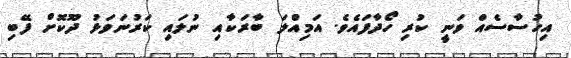
އިހުސާސެއް ވަނީ ކުރި ހޯދާފައެވެ. އަމިއްލަ ބާރަކާއި ނުލައި ކަރުނަވަޅު ދޫކޮށް ފޭބި